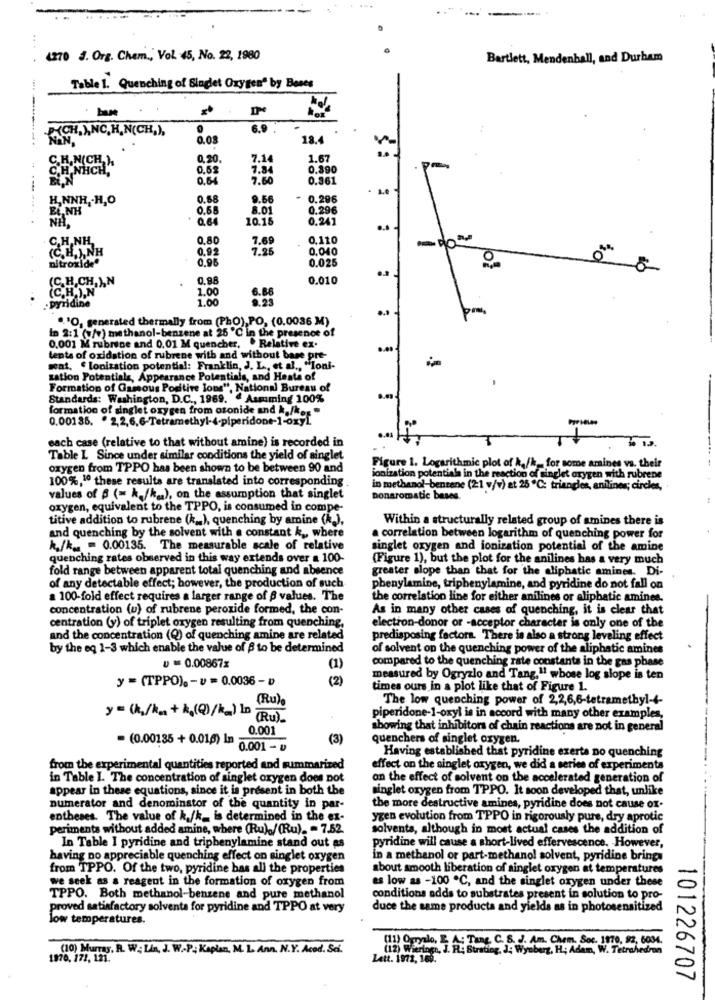
...
4270 J. Org. Chem ., Vol. 45, No. 22, 1980
Bartlett, Mendenhall, and Durham
Table 1. Quenching of Singlet Oxygen" by Boxes
6.9 .
-
0.08
18.4
0.20.
7.14
1.67
C.H.NHCH,
C.H.N(CH H
0.62
7.84
0.390
0.6
7.60
0.361
H,NNH ,. H,O
0.68
9.56
- 0.296
EL,NH
0.68
8.01
0.296
Q.64
10.15
0.241
C.H,NH,
0.8
7.69
0.110
(C.H.),NH
0.92
7.25
0,040
nitroxide"
0.95
0.025
30
(C.H.CH. ),N
0.98
0.010
(C.H.),N
1.00
6.86
.Dyridine
1.00
"."O, generated thermally from (PhO),PO, (0.0036 M)
In 2:1 (w/v) methanol-benzene at 25 ℃ in the presence of
0.001 M rubrine and 0.01 M quencher, . Relative ex-
lente of oxidation of rubrene with and without base pre-
wat. " Ionization potential: Franklin, J. L ., et al ., "Ioni-
zation Potentials, Appearance Potentials, and Heats of
Formation of Gamous Positive lons", National Bureau of
Standards: Washington, D.C ., 1969. " Asmiming 100%
formation of singlet oxygen from otonide and ka/k ...
0.00135. º 2,2,6,6-Tetramethyl-4-piperidont-1-oxy[.
each case (relative to that without amine) is recorded in
Table L Since under similar conditions the yield of singlet
oxygen from TPPO has been shown to be between 90 and
Figure 1. Logarithmic plot of h./h. for some amines vs. their
100%,1º these results are translated into corresponding
ionization potentiala in the reaction of singlet oxygen with rubrene
in methanol-benzene (21 v/v) at 25 ℃: triangles, aniliner; circles,
values of 6 (= h./kg.), on the assumption that singlet
Donaromatic bases.
oxygen, equivalent to the TPPO, is consumed in compe-
titive addition to rubrene (k. ), quenching by amine (A.),
Within a structurally related group of amines there is
and quenching by the solvent with a constant k ,, where
a correlation between logarithm of quenching power for
k./k .. = 0.00135. The measurable scale of relative
singlet oxygen and ionization potential of the amine
quenching rates observed in this way extends over a 100
(Figure 1), but the plot for the anilines has a very much
fold range between apparent total quenching and absence
greater slope than that for the aliphatic amines. Di-
of any detectable effect; however, the production of such
phenylamine, triphenylamine, and pyridine do not fall on
a 100-fold effect requires a larger range of p values. The
the correlation line for either anilines or aliphatic amines.
concentration (u) of rubrene peroxide formed, the con-
As in many other cases of quenching, it is clear that
centration (y) of triplet oxygen resulting from quenching,
electron-donor or -acceptor character is only one of the
and the concentration (Q) of quenching amine are related
predisposing factors. There is also a strong leveling effect
by the eg 1-3 which enable the value of $ to be determined
of solvent on the quenching power of the aliphatic amines
compared to the quenching rate constants in the gas phase
U = 0.00867%
(1)
y = (TPPO). - v = 0.0036-D
(2)
measured by Ogryzlo and Tang.11 whose log slope is ten
times ours in a plot like that of Figure 1.
(Ru)e
The low quenching power of 2,2,6,6-tetramethyl-4-
y = (k./kg + k,(Q)/kg) D (Ru).
piperidone-1-oxyl is in accord with many other examples,
0.001
showing that inhibitors of chain reactions are not in general
(3)
quenchers of singlet oxygen.
· (0.00135 + 0.01.6) In 0.001 -
Having established that pyridine exerts no quenching
from the experimental quantities reported and summarized
effect on the singlet oxygen, we did a series of experiments
in Table I. The concentration of singlet oxygen does not
on the effect of solvent on the accelerated generation of
appear in these equations, since it is present in both the
singlet oxygen from TPPO. It soon developed that, unlike
numerator and denominator of the quantity in par-
the more destructive amines, pyridine does not cause ox-
entheses. The value of k./k- is determined in the en-
ygen evolution from TPPO in rigorously pure, dry aprotic
periments without added amine, where (Ru)./ (Ru). = 7.52
solvents, although in most actual cases the addition of
In Table I pyridine and tripbenylamine stand out as
pyridine will cause a short-lived effervescence. However,
having no appreciable quenching effect on singlet oxygen
in a methanol or part-methanol solvent, pyridine brings
from TPPO. Of the two, pyridine has all the properties
about smooth liberation of singlet oxygen at temperatures
we seek as a reagent in the formation of oxygen from
es low as -100 ℃, and the singlet oxygen under these
TPPO. Both methanol-benzene and pure methanol
conditions adds to substrates present in solution to pro-
proved satisfactory solventa for pyridine and TPPO at very
duce the same products and yields as in photosensitized
low temperatures.
(11) Orazilo, E. A. Tane C. S. J. A.m. Chem. Soc. 1970, 92, 5034.
(10) Murray. R. W .; Lin, J. W.P. Kaplan, M. L. Ann. N.Y. Acod. Sei.
(12) Wieringa, J. R. Btrating, J, Wyoberg, H. Adam, W. Tetrahedron
1970, 171, 121.
Lett. 1972, 169.
101226707